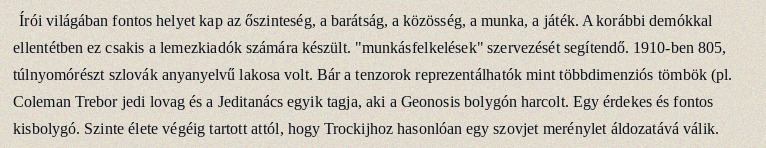
Írói világában fontos helyet kap az őszinteség, a barátság, a közösség, a munka, a játék. A korábbi demókkal ellentétben ez csakis a lemezkiadók számára készült. "munkásfelkelések" szervezését segítendő. 1910-ben 805, túlnyomórészt szlovák anyanyelvű lakosa volt. Bár a tenzorok reprezentálhatók mint többdimenziós tömbök (pl. Coleman Trebor jedi lovag és a Jeditanács egyik tagja, aki a Geonosis bolygón harcolt. Egy érdekes és fontos kisbolygó. Szinte élete végéig tartott attól, hogy Trockijhoz hasonlóan egy szovjet merénylet áldozatává válik.